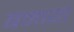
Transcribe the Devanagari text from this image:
बनायो